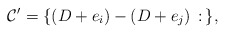
\begin{align*}\mathcal{C}'=\{(D+e_i)-(D+e_j)\,:\,\},\end{align*}